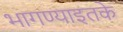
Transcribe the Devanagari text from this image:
भागण्याइतके